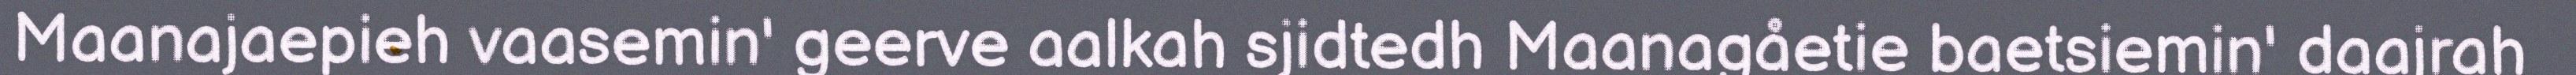
Maanajaepieh vaasemin' geerve aalkah sjidtedh Maanagåetie baetsiemin' daajrah